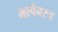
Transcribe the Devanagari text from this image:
भाषेवरच